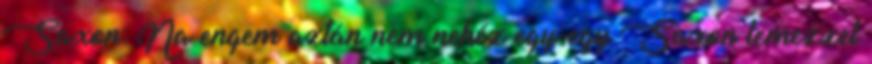
Saxon: Na engem aztán nem nehéz egy-egy Saxon lemezzel